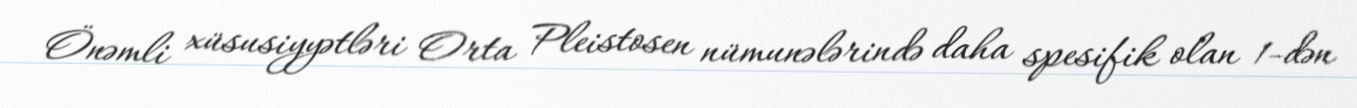
Önəmli xüsusiyyətləri Orta Pleistosen nümunələrində daha spesifik olan 1-dən